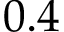
0 . 4